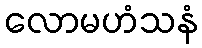
လောမဟံသနံ